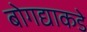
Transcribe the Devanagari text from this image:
बोगद्याकडे